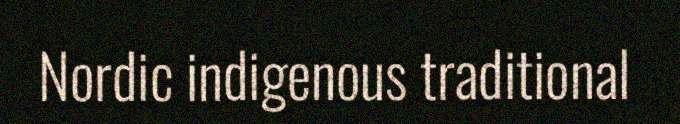
Nordic indigenous traditional